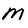
Character: M